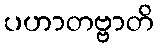
ပဟာတဗ္ဗာတိ